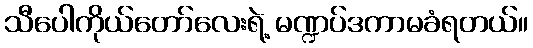
သီပေါကိုယ်တော်လေးရဲ့ မဏ္ဍပ်ဒကာမခံရတယ်။